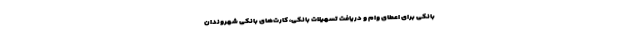
بانکی برای اعطای وام و دریافت تسهیلات بانکی، کارت‌های بانکی شهروندان